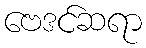
ဗေဒင်ဆရာ